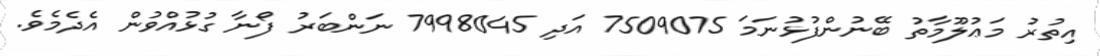
އިތުރު މަޢުލޫމާތު ބޭނުންފުޅުނަމަ 7509075 އަދި 7998045 ނަންބަރު ފޯނާ ގުޅުއްވުން އެދެމެވެ.